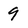
Character: 9